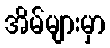
အိမ်များမှာ